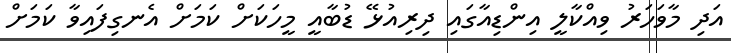
އަދި މާވަހަރު ވިއްކާލީ އިންޑިއާގައި ދިރިއުޅޭ ޑުބާއީ މީހަކަށް ކަމަށް އެނގިފައިވާ ކަމަށް